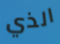
الذي